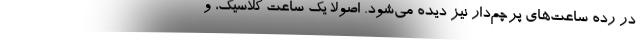
در رده ساعت‌های پرچم‌دار نیز دیده می‌شود. اصولا یک ساعت کلاسیک، و